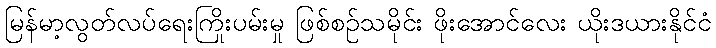
မြန်မာ့လွတ်လပ်ရေးကြိုးပမ်းမှု ဖြစ်စဉ်သမိုင်း ဖိုးအောင်လေး ယိုးဒယားနိုင်ငံ